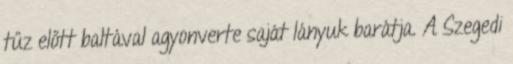
tűz előtt baltával agyonverte saját lányuk barátja. A Szegedi